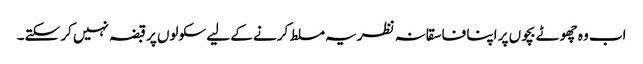
اب وہ چھوٹے بچوں پر اپنا فاسقانہ نظریہ مسلط کرنے کے لیے سکولوں پر قبضہ نہیں کر سکتے۔